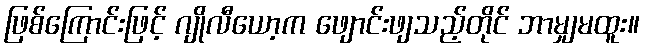
ဖြစ်ကြောင်းဖြင့် ဂျိုလီယော့က ဖျောင်းဖျသည့်တိုင် ဘာမျှမထူး။